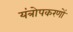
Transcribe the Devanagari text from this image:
यंत्रोपकरणों